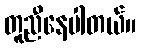
တူညီနေပါတယ်။